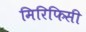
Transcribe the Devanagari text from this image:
मिरिफिसी